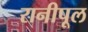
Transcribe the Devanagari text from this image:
रानीपूल